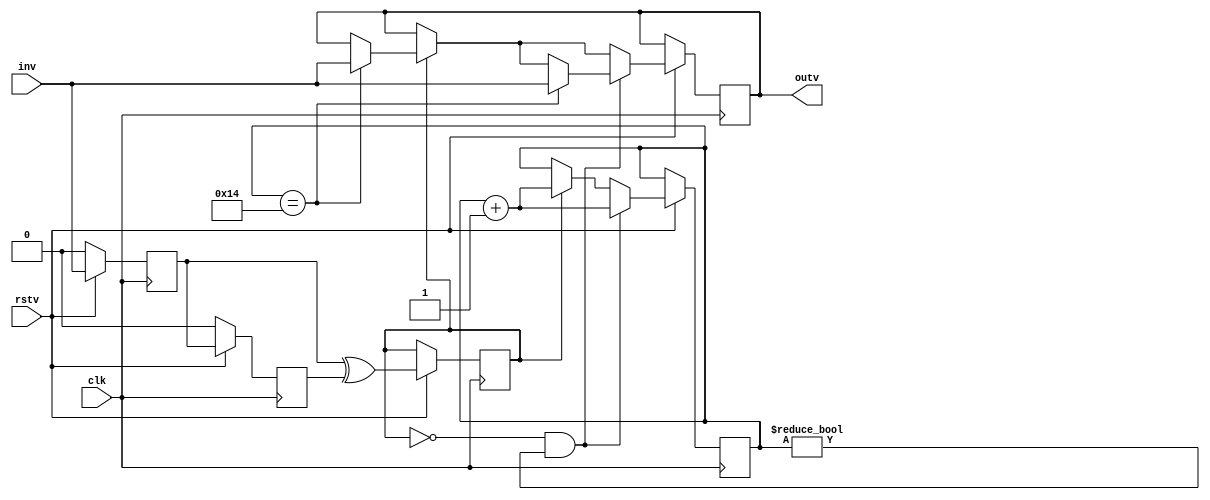
module void_shake(inv,rstv,clk,outv);
	input inv,clk,rstv;
	output reg outv;
	reg k1,k2,flag;
	reg [4:0] count;
	
	always @ (posedge clk)begin
		if(rstv == 0)begin
			k1 <= 0;
			k2 <= 0;
		end
		else begin
			k1 <= inv;
			k2 <= k1;
		end
	end
	
	always @ (posedge clk)begin
		if(rstv == 1)begin
			flag <= k1 ^ k2;
			if(flag == 1)begin
				count <= count + 5'd1;
				if(count == 5'd20) outv <= inv;
			end
			if(flag == 0 && count != 0)begin
				count <= count + 5'd1;
				if(count == 5'd20) outv <= inv;
			end
		end	
	end
endmodule